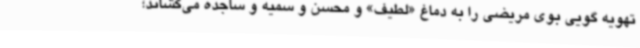
تهویه گویی بوی مریضی را به دماغ «لطیف» و محسن و سمیه و ساجده می‌کشاند؛